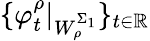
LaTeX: \{ \varphi_{t}^{\rho}\vert_{W_{\rho}^{\Sigma_{1}}}\} _{t\in\mathbb{R}}